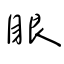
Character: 眼